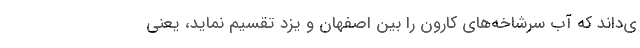
ی‌داند که آب سرشاخه‌های کارون را بین اصفهان و یزد تقسیم نماید، یعنی